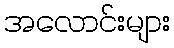
အလောင်းများ